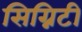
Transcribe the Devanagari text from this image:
सिग्निटी